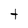
Character: t